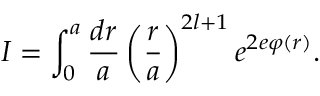
I = \int _ { 0 } ^ { a } \frac { d r } { a } \left( \frac { r } { a } \right) ^ { 2 l + 1 } e ^ { 2 e \varphi ( r ) } .